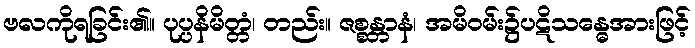
ဗလကိုရခြင်း၏။ ပုပ္ပနိမိတ္တံ၊ တည်း။ ဇစ္စန္တာနံ၊ အမိဝမ်း၌ပဋိသန္ဓေအားဖြင့်